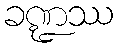
ခဏ္ဍဿ